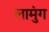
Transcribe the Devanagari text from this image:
लामुंग